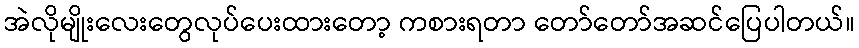
အဲလိုမျိုးလေးတွေလုပ်ပေးထားတော့ ကစားရတာ တော်တော်အဆင်ပြေပါတယ်။